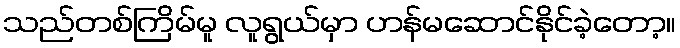
သည်တစ်ကြိမ်မူ လူရွယ်မှာ ဟန်မဆောင်နိုင်ခဲ့တော့။